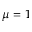
\mu = 1